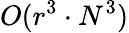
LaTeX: O(r^{3}\cdot N^{3})